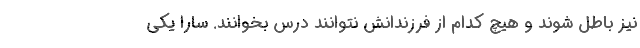
نيز باطل شوند و هيچ‌ كدام از فرزندانش نتوانند درس بخوانند. سارا يكي